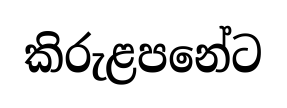
කිරුළපනේට